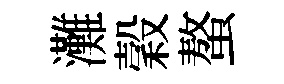
灘穀螯